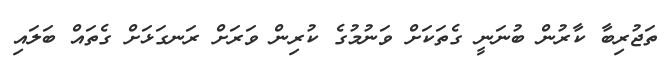
ތަޖުރިބާ ކާރުން ބުނަނީ ގެތަކަށް ވަނުމުގެ ކުރިން ވަރަށް ރަނގަޅަށް ގެތައް ބަލައި